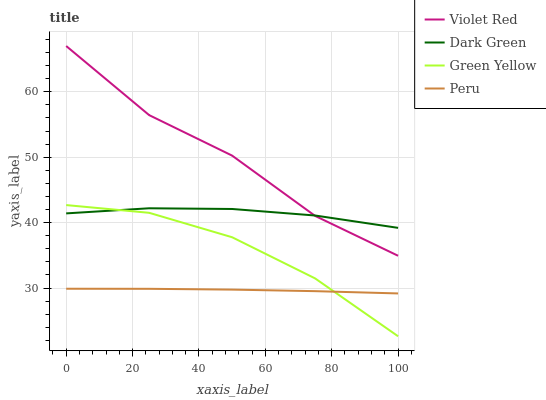
| xaxis_label | Violet Red | Dark Green | Green Yellow | Peru |
 | --- | --- | --- | --- | --- |
 | 0 | 67 | 41.4 | 42.7 | 29.9 |
 | 25 | 56.4 | 42.2 | 41.5 | 29.9 |
 | 50 | 50.2 | 42.1 | 37.8 | 29.8 |
 | 75 | 41 | 41.1 | 31.5 | 29.5 |
 | 100 | 34.9 | 39.2 | 22.6 | 29.2 |